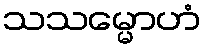
သသမ္မောဟံ